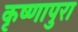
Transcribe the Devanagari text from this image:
कृष्णापुरा